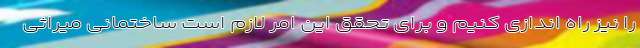
را نیز راه اندازی کنیم و برای تحقق این امر لازم است ساختمانی میراثی